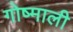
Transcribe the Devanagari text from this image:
गोष्माली